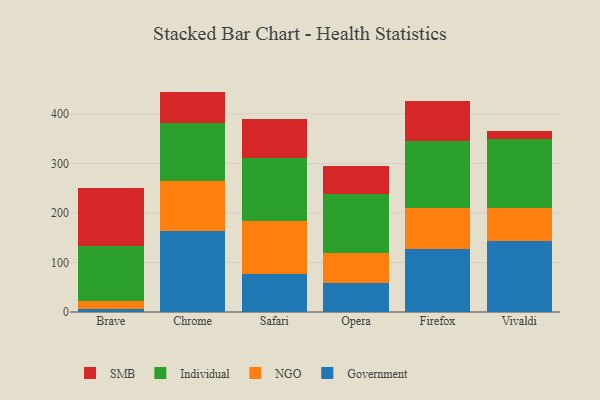
{"axis": {"x": "Browser", "y": "Latency (ms)"}, "legend": ["Government", "Individual", "NGO", "SMB"], "data": [{"x": "Brave", "y": 7.0, "type": "Government"}, {"x": "Brave", "y": 15.9, "type": "NGO"}, {"x": "Brave", "y": 110.8, "type": "Individual"}, {"x": "Brave", "y": 116.9, "type": "SMB"}, {"x": "Chrome", "y": 163.3, "type": "Government"}, {"x": "Chrome", "y": 101.4, "type": "NGO"}, {"x": "Chrome", "y": 117.7, "type": "Individual"}, {"x": "Chrome", "y": 62.8, "type": "SMB"}, {"x": "Safari", "y": 76.5, "type": "Government"}, {"x": "Safari", "y": 107.4, "type": "NGO"}, {"x": "Safari", "y": 126.3, "type": "Individual"}, {"x": "Safari", "y": 80.6, "type": "SMB"}, {"x": "Opera", "y": 59.3, "type": "Government"}, {"x": "Opera", "y": 59.1, "type": "NGO"}, {"x": "Opera", "y": 119.0, "type": "Individual"}, {"x": "Opera", "y": 57.6, "type": "SMB"}, {"x": "Firefox", "y": 127.5, "type": "Government"}, {"x": "Firefox", "y": 83.2, "type": "NGO"}, {"x": "Firefox", "y": 135.0, "type": "Individual"}, {"x": "Firefox", "y": 81.0, "type": "SMB"}, {"x": "Vivaldi", "y": 143.4, "type": "Government"}, {"x": "Vivaldi", "y": 67.6, "type": "NGO"}, {"x": "Vivaldi", "y": 138.3, "type": "Individual"}, {"x": "Vivaldi", "y": 16.1, "type": "SMB"}]}